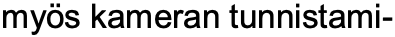
myös kameran tunnistami-